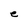
Character: e